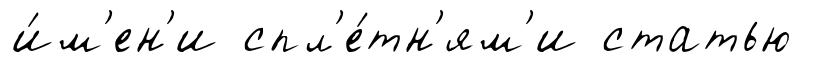
и́м'ен'и спл'е́тн'ям'и статью